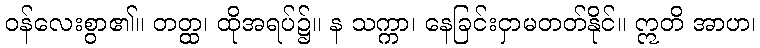
ဝန်လေးစွာ၏။ တတ္ထ၊ ထိုအရပ်၌။ န သက္ကာ၊ နေခြင်းငှာမတတ်နိုင်။ ဣတိ အာဟ၊